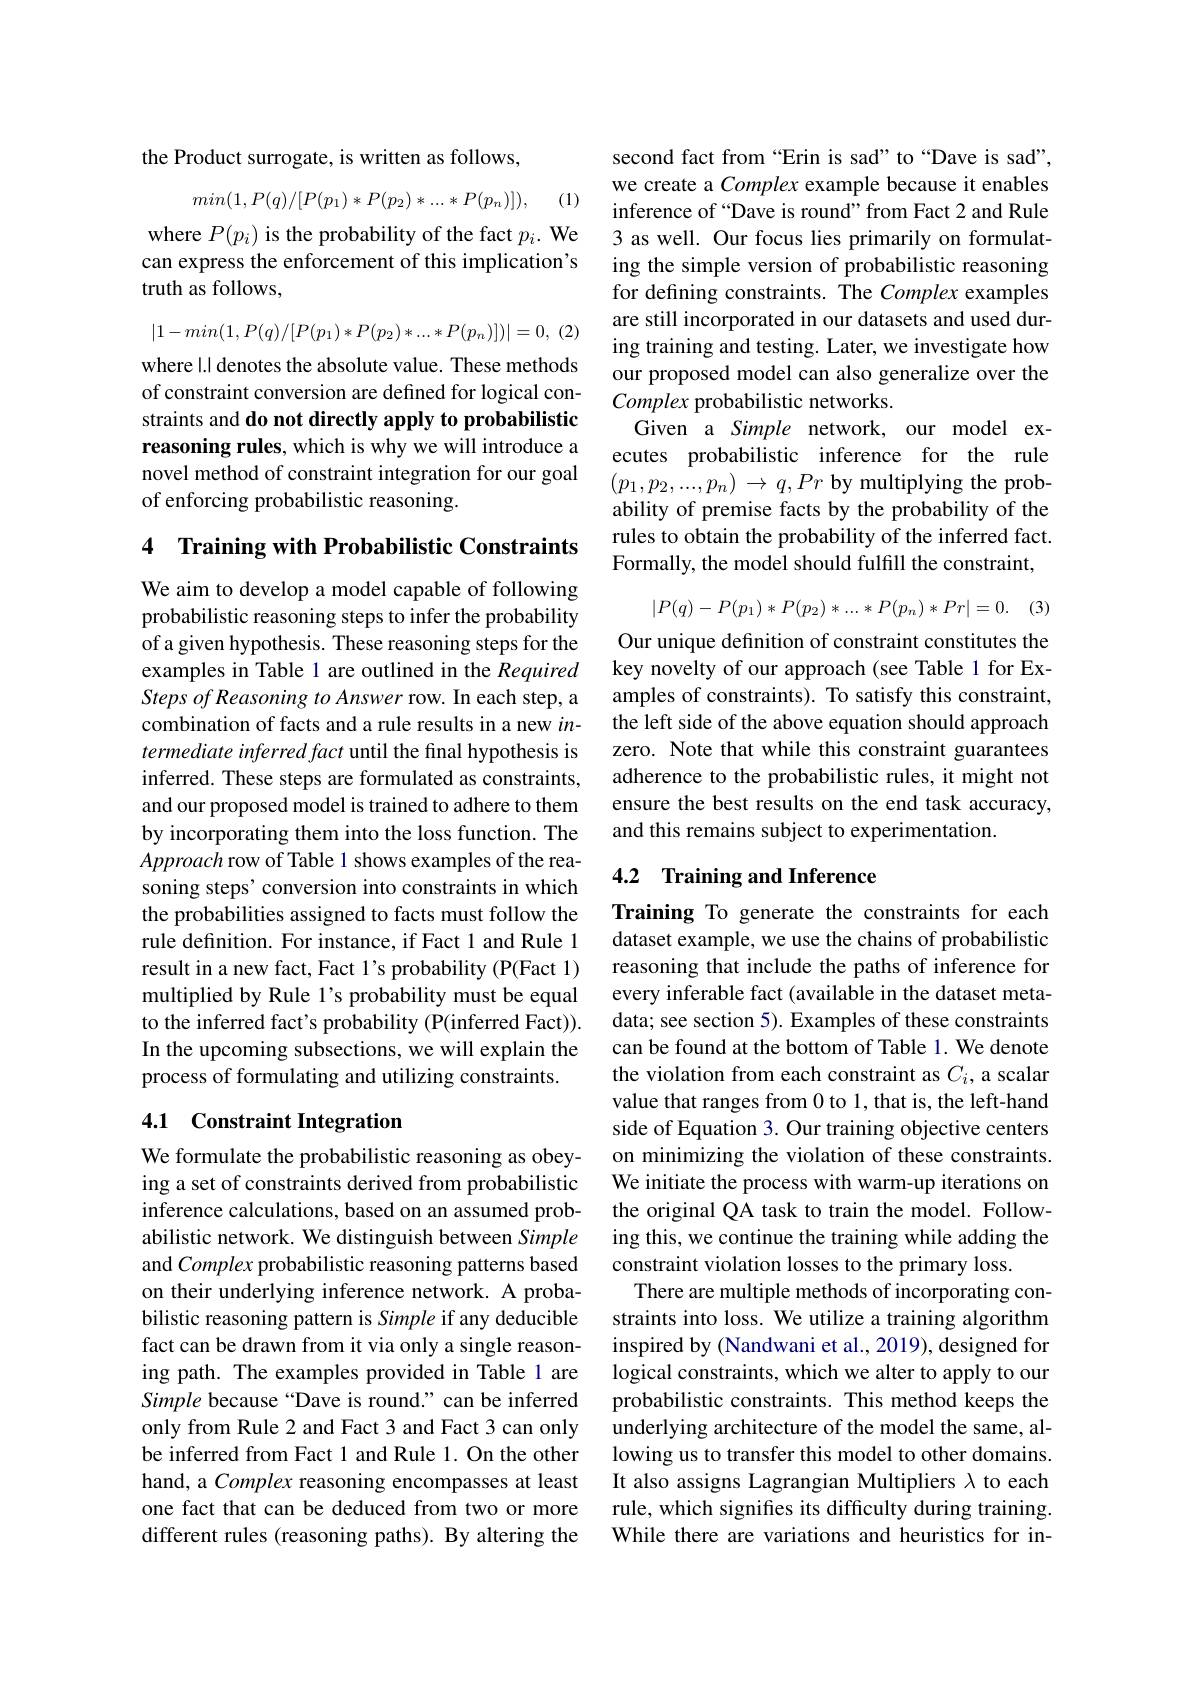
the Product surrogate, is written as follows,
$$min(1,P(q)/[P(p_1)*P(p_2)*...*P(p_n)]),$$
(1)

where $P(p_i)$ is the probability of the fact $p_i.$ We can express the enforcement of this implication's truth as follows,
$$|1-min(1,P(q)/[P(p_1)*P(p_2)*...*P(p_n)])|=0,\:(2)$$
where l.l denotes the absolute value. These methods of constraint conversion are defined for logical constraints and do not directly apply to probabilistic reasoning rules, which is why we will introduce a novel method of constraint integration for our goal of enforcing probabilistic reasoning.

4 Training with Probabilistic Constraints

We aim to develop a model capable of following probabilistic reasoning steps to infer the probability of a given hypothesis. These reasoning steps for the examples in Table 1 are outlined in the Required Steps of Reasoning to Answer row. In each step, a combination of facts and a rule results in a new $in-$ termediate inferred fact until the final hypothesis is inferred. These steps are formulated as constraints, and our proposed model is trained to adhere to them by incorporating them into the loss function. The Approach row of Table 1 shows examples of the reasoning steps’conversion into constraints in which the probabilities assigned to facts must follow the rule definition. For instance, if Fact 1 and Rule 1 result in a new fact, Fact 1's probability (P(Fact 1) multiplied by Rule l's probability must be equal to the inferred fact's probability (P(inferred Fact)). In the upcoming subsections, we will explain the process of formulating and utilizing constraints.

## 4.1 Constraint Integration

We formulate the probabilistic reasoning as obeying a set of constraints derived from probabilistic inference calculations, based on an assumed probabilistic network. We distinguish between Simple and Complex probabilistic reasoning patterns based on their underlying inference network. A probabilistic reasoning pattern is Simple if any deducible fact can be drawn from it via only a single reasoning path. The examples provided in Table 1 are Simple because “Dave is round.” can be inferred only from Rule 2 and Fact 3 and Fact 3 can only be inferred from Fact 1 and Rule 1. On the other hand, a Complex reasoning encompasses at least one fact that can be deduced from two or more different rules (reasoning paths). By altering the

second fact from “Erin is sad”to“Dave is sad”, we create a Complex example because it enables inference of “Dave is round" from Fact 2 and Rule 3 as well. Our focus lies primarily on formulating the simple version of probabilistic reasoning for defining constraints. The Complex examples are still incorporated in our datasets and used during training and testing. Later, we investigate how our proposed model can also generalize over the Complex probabilistic networks.
Given a Simple network, our model executes probabilistic inference for the rule $(p_1,p_2,...,p_n)\to q,Pr$ by multiplying the probability of premise facts by the probability of the rules to obtain the probability of the inferred fact. Formally, the model should fulfill the constraint,
$$|P(q)-P(p_1)*P(p_2)*...*P(p_n)*Pr|=0.\quad(3)$$
Our unique definition of constraint constitutes the key novelty of our approach (see Table 1 for Examples of constraints). To satisfy this constraint, the left side of the above equation should approach zero. Note that while this constraint guarantees adherence to the probabilistic rules, it might not ensure the best results on the end task accuracy, and this remains subject to experimentation.

## 4.2 Training and Inference

Training To generate the constraints for each dataset example, we use the chains of probabilistic reasoning that include the paths of inference for every inferable fact (available in the dataset metadata; see section 5). Examples of these constraints can be found at the bottom of Table 1. We denote the violation from each constraint as $C_i$, a scalar value that ranges from 0 to 1, that is, the left-hand side of Equation 3. Our training objective centers on minimizing the violation of these constraints. We initiate the process with warm-up iterations on the original QA task to train the model. Following this, we continue the training while adding the constraint violation losses to the primary loss.
There are multiple methods of incorporating constraints into loss. We utilize a training algorithm inspired by (Nandwani et al., 2019), designed for logical constraints, which we alter to apply to our probabilistic constraints. This method keeps the underlying architecture of the model the same, allowing us to transfer this model to other domains. It also assigns Lagrangian Multipliers $\lambda$ to each rule, which signifes its difficulty during training. While there are variations and heuristics for in-